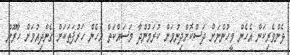
ޅެންވެރިކަން އެހެން މީހުންނަށް ދަސްކޮށްދިނުމަށް ކުރަމުންދާ މަސައްކަތް އެހެން ހަރުފަތަކަށް ގެންދިއުމަށް ހާރޫން